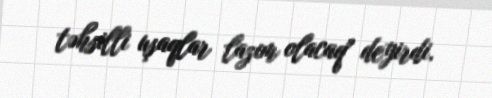
təhsilli uşaqlar lazım olacaq" deyirdi.